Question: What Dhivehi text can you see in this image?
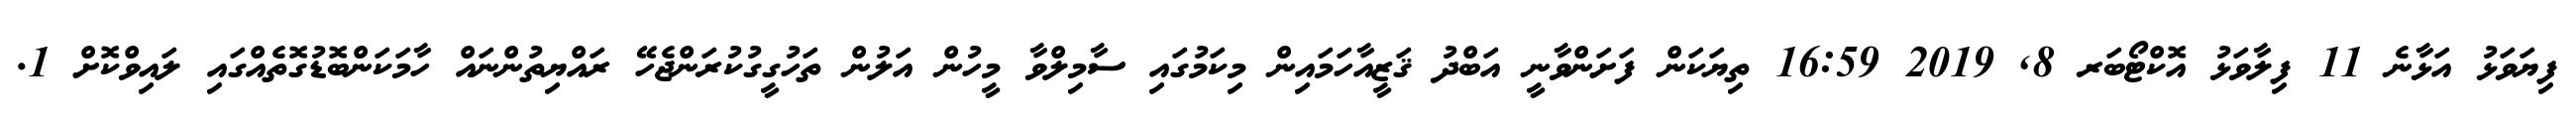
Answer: ފިޔަވަޅު އަޅާނެ 11 ފިލާވަޅު އޮކްޓޯބަރ 8, 2019 16:59 ތިޔަކަން ފަށަންވާނީ އަބްދު ޤަޒީއާހަމައިން މިކަމުގައި ސާމިލްވާ މީހުން އަލުން ތަހުގީގުކުރަންޖެހޭ ރައްޔިތުންނައް ހާމަކަންބޮޑުގޮތެއްގައި ލައިވްކޮށް 1.